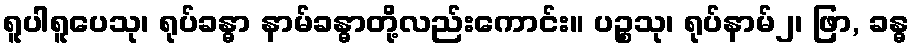
ရူပါရူပေသု၊ ရုပ်ခန္ဓာ နာမ်ခန္ဓာတို့လည်းကောင်း။ ပဉ္စသု၊ ရုပ်နာမ်၂၊ ဖြာ, ခန္ဓ